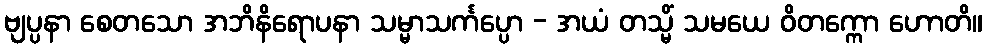
ဗျပ္ပနာ စေတသော အဘိနိရောပနာ သမ္မာသင်္ကပ္ပော - အယံ တသ္မိံ သမယေ ဝိတက္ကော ဟောတိ။